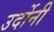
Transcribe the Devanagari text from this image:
उर्दोनी